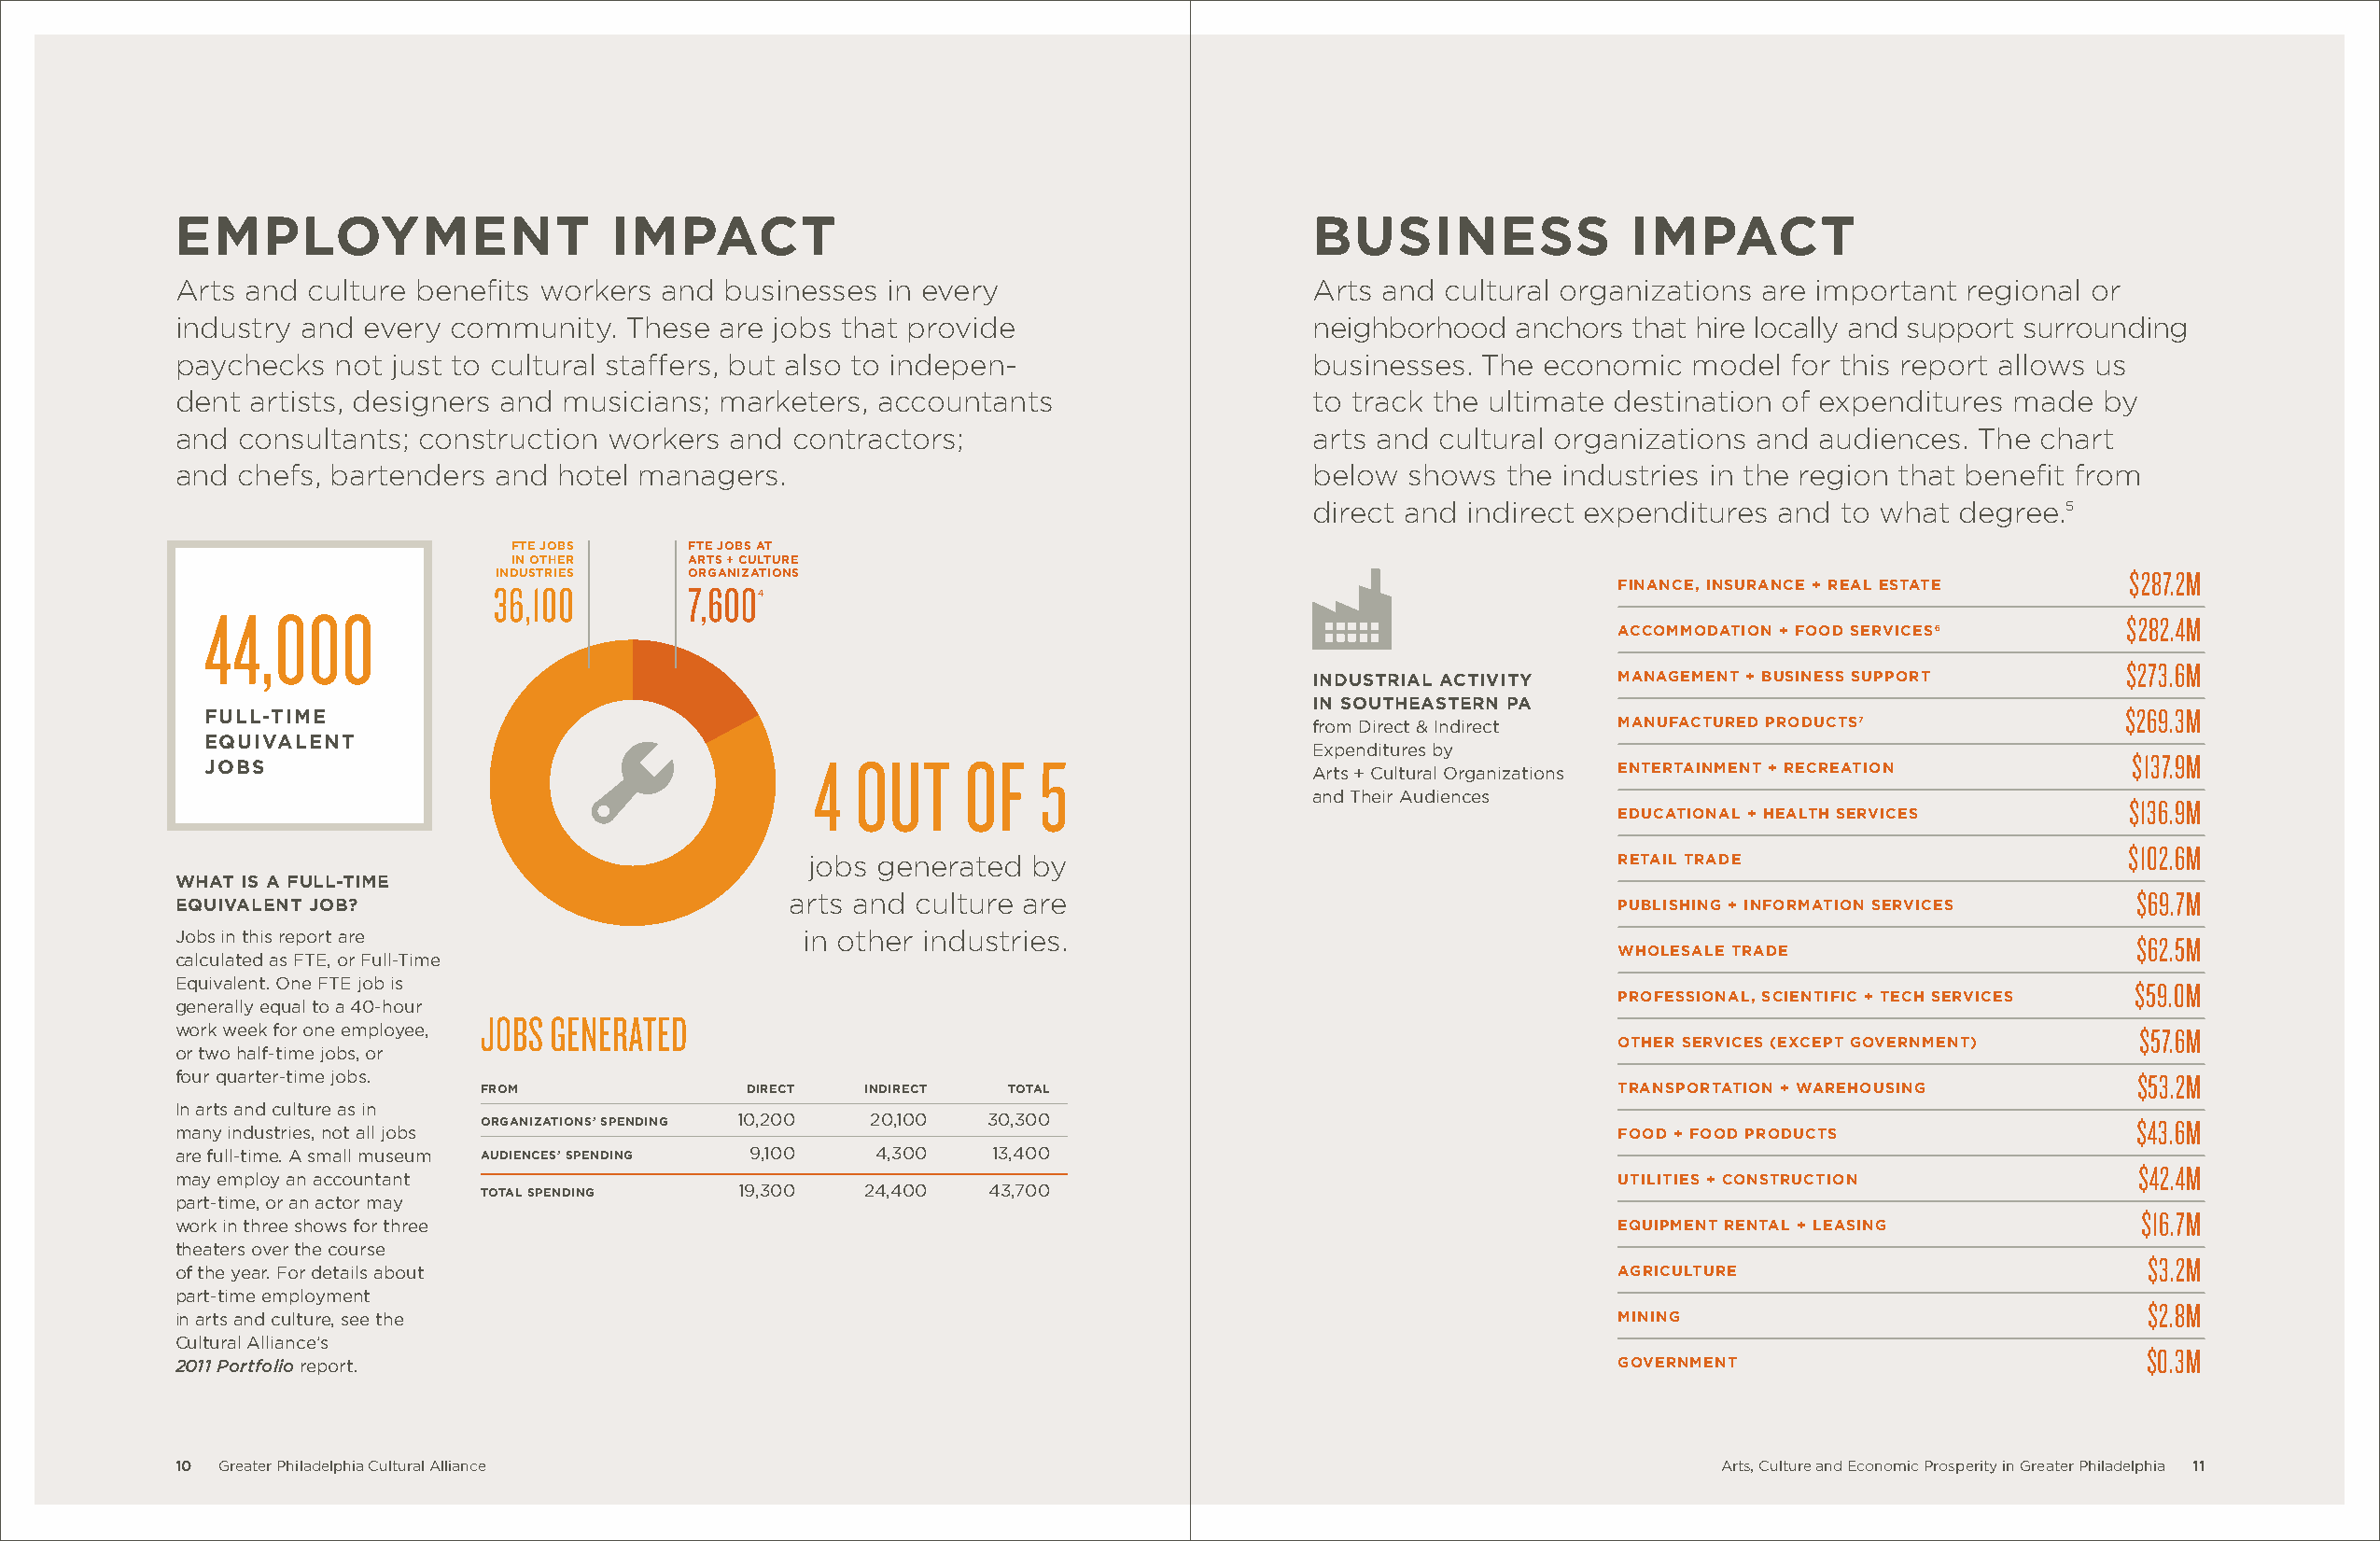
employment                     impact                                            business               impact
 Arts and  culture benefits workers and businesses  in every                      Arts and cultural organizations are important  regional or
 industry and  every community.  These  are jobs that provide                     neighborhood  anchors  that hire locally and support surrounding
 paychecks   not just to cultural staffers, but also to indepen-                  businesses. The economic   model  for this report allows us
 dent  artists, designers and musicians; marketers, accountants                   to track the ultimate destination of expenditures made  by
 and  consultants; construction workers  and contractors;                         arts and cultural organizations and audiences. The  chart
 and  chefs, bartenders and  hotel managers.                                      below  shows  the industries in the region that benefit from
 direct and indirect expenditures and  to what degree.5
 fte jobs     fte jobs at
 in other     arts + culture
 industries    organizations                                                                                         $287.2M
 36,100        7,600                                                             finance, insurance + real estate
 4
 44,000
 $282.4M
 accommodation + food services6
 $273.6M
 industrial activity   management + business support
 in southeastern pa
 full-time                                                                                                                               $269.3M
 from Direct & Indirect manufactured products7
 equivalent
 Expenditures by
 4  OUT    OF    5                                                                            $137.9M
 jobs                                                                          Arts + Cultural Organizations entertainment + recreation
 and Their Audiences
 $136.9M
 educational + health services
 $102.6M
 jobs generated  by                                        retail trade
 what is a full-time
 arts and culture are                                                                            $69.7M
 equivalent job?                                                                                        publishing + information services
 Jobs in this report are                      in other industries.
 $62.5M
 calculated as FTE, or Full-Time
 wholesale trade
 Equivalent. One FTE job is                                                                                                                 $59.0M
 generally equal to a 40-hour
 professional, scientific + tech services
 JOBS GENERATED
 work week for one employee,                                                                                                                 $57.6M
 or two half-time jobs, or
 other services (except government)
 four quarter-time jobs.                                                                                                                     $53.2M
 from               direct  indirect  total                                       transportation + warehousing
 In arts and culture as in
 organizations’ spending 10,200 20,100 30,300                                                                          $43.6M
 many industries, not all jobs                                                                          food + food products
 are full-time. A small museum audiences’ spending 9,100 4,300 13,400
 $42.4M
 may employ an accountant
 total spending    19,300   24,400   43,700
 utilities + construction
 part-time, or an actor may
 $16.7M
 work in three shows for three                                                                          equipment rental + leasing
 theaters over the course
 $3.2M
 of the year. For details about                                                                         agriculture
 part-time employment
 $2.8M
 in arts and culture, see the                                                                           mining
 Cultural Alliance’s
 $0.3M
 2011 Portfolio report.                                                                                 government
 10 Greater Philadelphia Cultural Alliance                                                                     Arts, Culture and Economic Prosperity in Greater Philadelphia 11